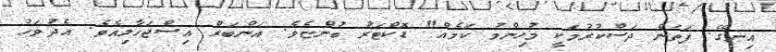
އިނގޭ. ފަތަން ދަސްކުރުމަކީ މުހިންމު ކަމެއް" ޑޮކްޓަރު ބުންޏެވެ. އަންބަރް އިސްޖަހާލިއެވެ. އެދުވަހު